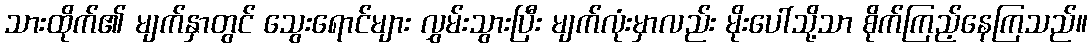
သားထိုက်၏ မျက်နှာတွင် သွေးရောင်များ လွှမ်းသွားပြီး မျက်လုံးမှာလည်း မိုးပေါ်သို့သာ စိုက်ကြည့်နေကြသည်။